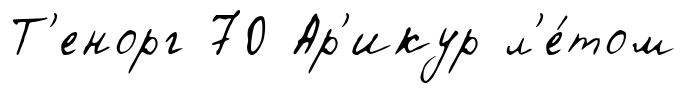
Т'енорг 70 Ар'икур л'е́том